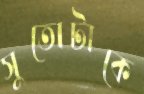
সুতোটাকে